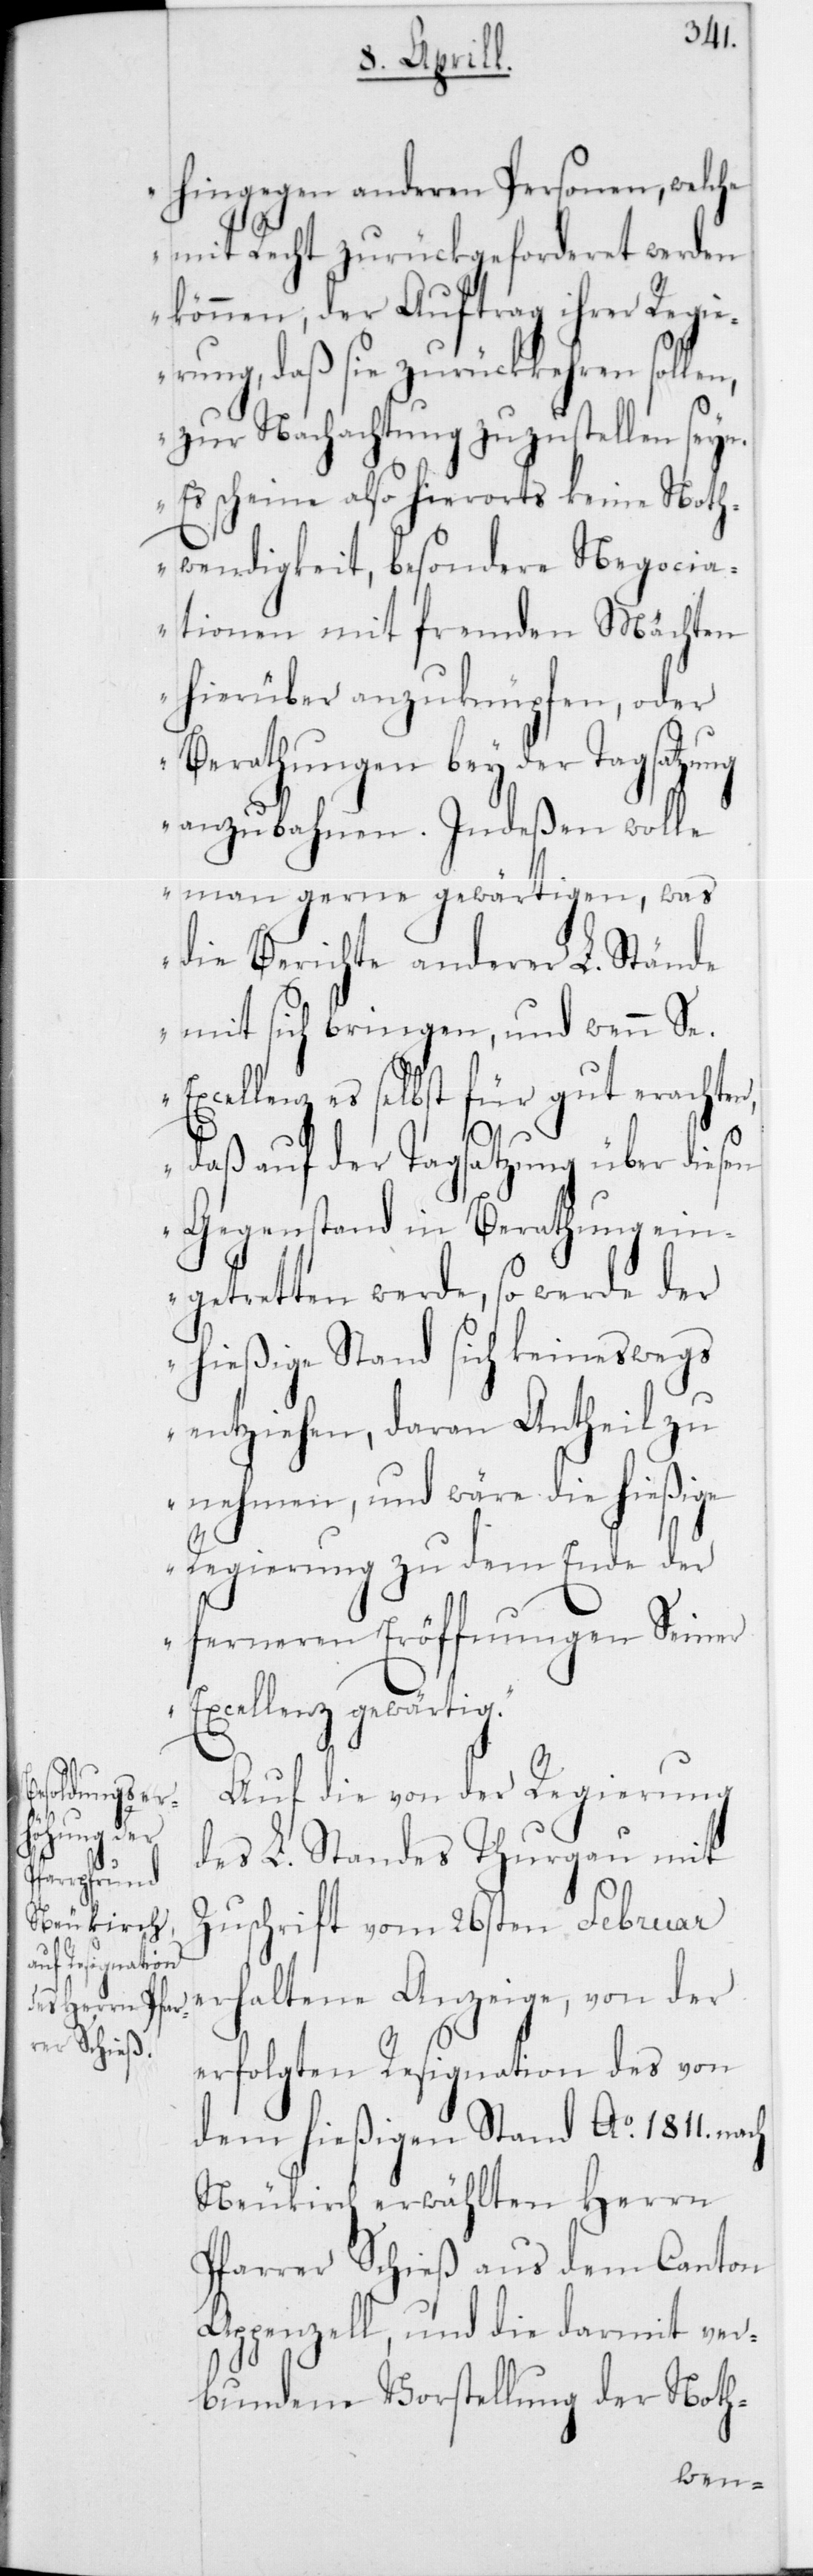
hingegen anderen Personen, welche
mit Recht zurückgeforderet werden
können, der Auftrag ihrer Regi¬
erung, daß sie zurückkehren sollen,
zur Nachachtung zuzustellen seyn.
Es scheine also hierorts keine Noth¬
wendigkeit, besondere Negocia¬
tionen mit fremden Mächten
hierüber anzuknüpfen, oder
Berathungen bey der Tagsatzung
anzubahnen. Indeßen wolle
man gerne gewärtigen, was
die Berichte anderer L. Stände
mit sich bringen, und wenn Se.
Excellenz es selbst für gut erachten,
g“.
daß auf der Tagsatzung über diesen
Gegenstand in Berathung ein¬
getretten werde, so werde der
hießige Stand sich keineswegs
entziehen, daran Antheil zu
nehmen, und wäre die hießige
Regierung zu dem Ende der
ferneren Eröffnungen Seiner
Excellenz gewärti¬
Auf die von der Regierung
des L. Standes Thurgau mit
Zuschrift vom 26sten Februar
erhaltene Anzeige, von der
erfolgten Resignation des von
dem hießigen Stand Ao 1811 nach
Neukirch erwählten Herrn
Pfarrer Schieß aus dem Canton
Appenzell, und die darmit ver¬
bundene Vorstellung der Noth-